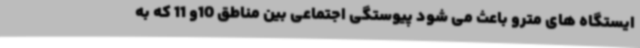
ایستگاه های مترو باعث می شود پیوستگی اجتماعی بین مناطق 10و 11 که به